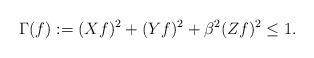
LaTeX: \begin{align*}\Gamma(f):=(Xf)^2+(Yf)^2+ \beta^2 (Zf)^2 \leq1.\end{align*}